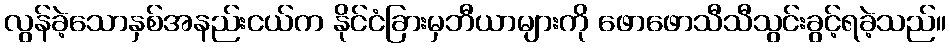
လွန်ခဲ့သောနှစ်အနည်းငယ်က နိုင်ငံခြားမှဘီယာများကို ဖောဖောသီသီသွင်းခွင့်ရခဲ့သည်။